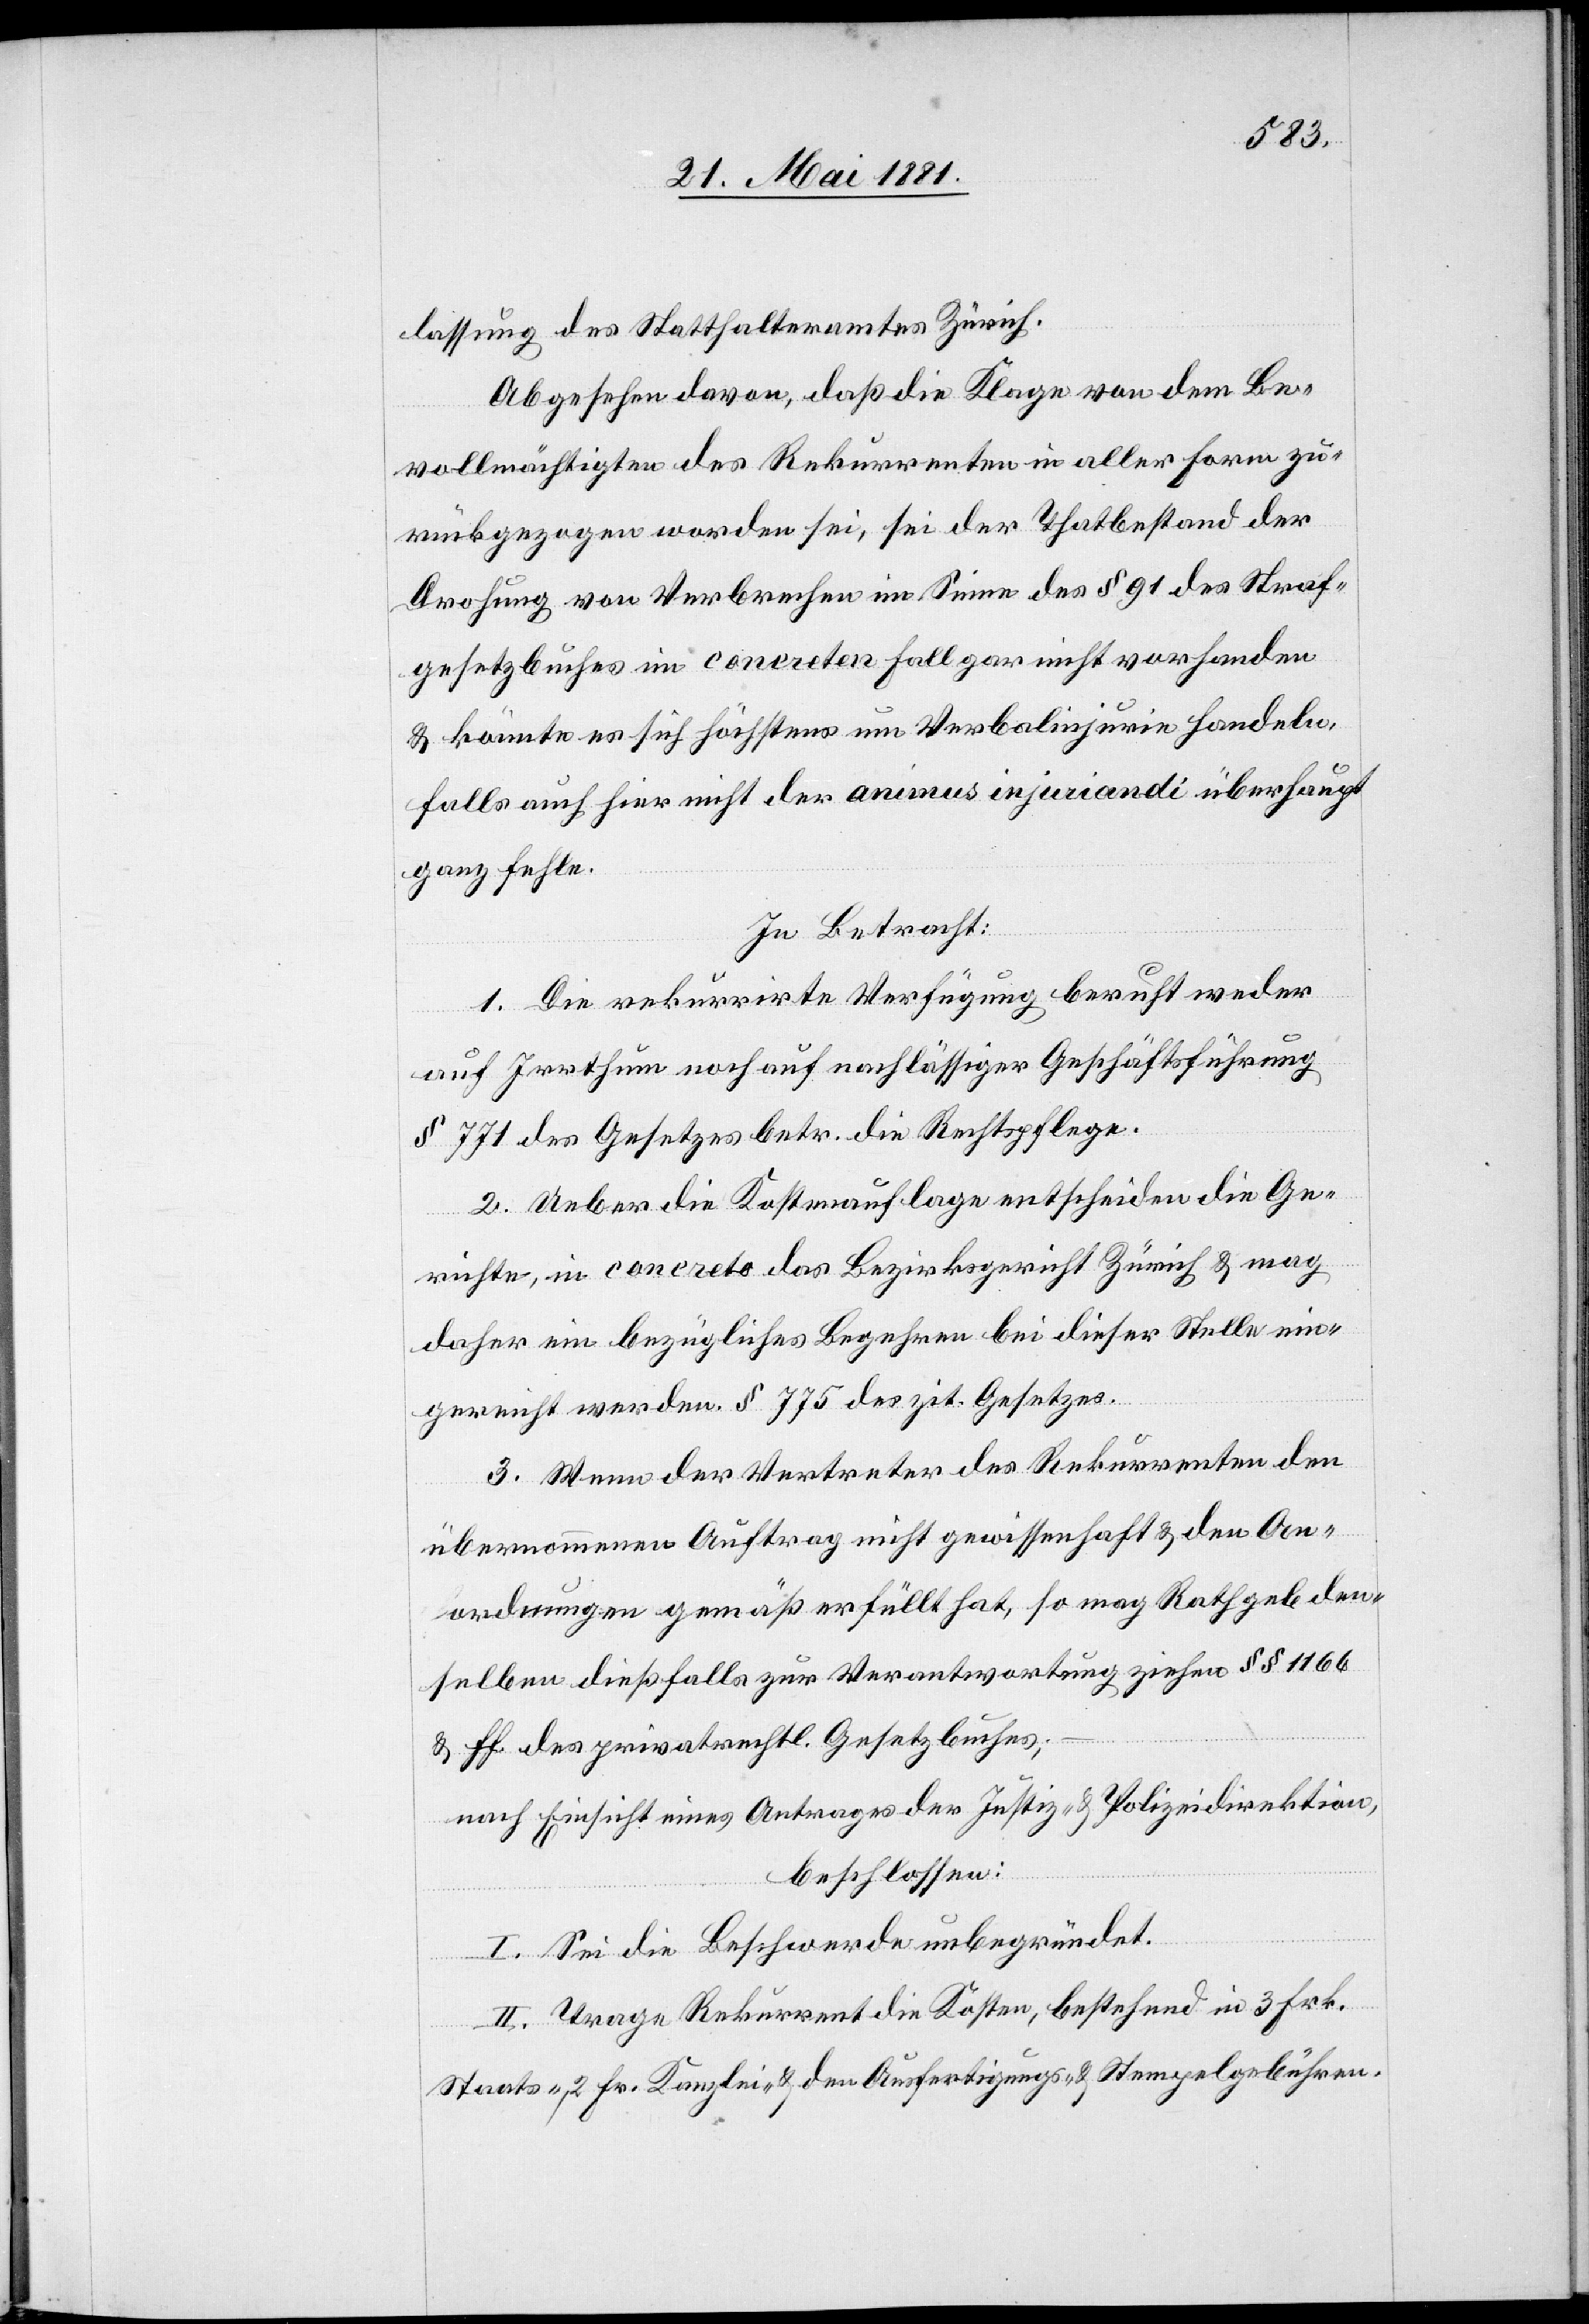
lassung des Statthalteramtes Zürich.
Abgesehen davon, daß die Klage von dem Be¬
vollmächtigten des Rekurrenten in aller Form zu¬
rückgezogen worden sei, sei der Thatbestand der
Drohung von Verbrechen im Sinne des § 91 des Straf¬
gesetzbuches im concreten Fall gar nicht vorhanden
& könnte es sich höchstens um Verbalinjurien handeln,
falls auch hier nicht der animus injuriandi [sic!] überhaupt
ganz fehle.
In Betracht:
1. Die rekurrirte Verfügung beruht weder
auf Irrthum noch auf nachlässiger Geschäftsführung
§ 771 des Gesetzes betr. die Rechtspflege.
2. Ueber die Kostenauflage entscheiden die Ge¬
richte, in concreto das Bezirksgericht Zürich & mag
daher ein bezügliches Begehren bei dieser Stelle ein¬
gereicht werden. § 775 des zit. Gesetzes.
3. Wenn der Vertreter des Rekurrenten den
übernommenen Auftrag nicht gewissenhaft & den An¬
ordnungen gemäß erfüllt hat, so mag Rathgeb den¬
selben dießfalls zur Verantwortung ziehen §§ 1166
& ff des privatrechtl. Gesetzbuches;
nach Einsicht eines Antrages der Justiz- & Polizeidirektion,
beschlossen:
I. Sei die Beschwerde unbegründet.
II. Trage Rekurrent die Kosten, bestehend in 3 Frk.
Staats-, 2 Fr. Kanzlei- & den Ausfertigungs- & Stempelgebühren.